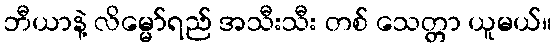
ဘီယာနဲ့ လိမ္မော်ရည် အသီးသီး တစ် သေတ္တာ ယူမယ်။